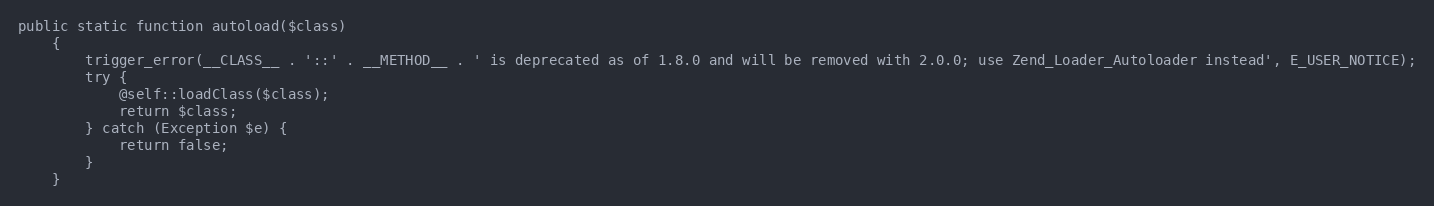
Language: PHP
public static function autoload($class)
    {
        trigger_error(__CLASS__ . '::' . __METHOD__ . ' is deprecated as of 1.8.0 and will be removed with 2.0.0; use Zend_Loader_Autoloader instead', E_USER_NOTICE);
        try {
            @self::loadClass($class);
            return $class;
        } catch (Exception $e) {
            return false;
        }
    }